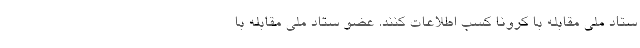
ستاد ملی مقابله با کرونا کسب اطلاعات کنند. عضو ستاد ملی مقابله با